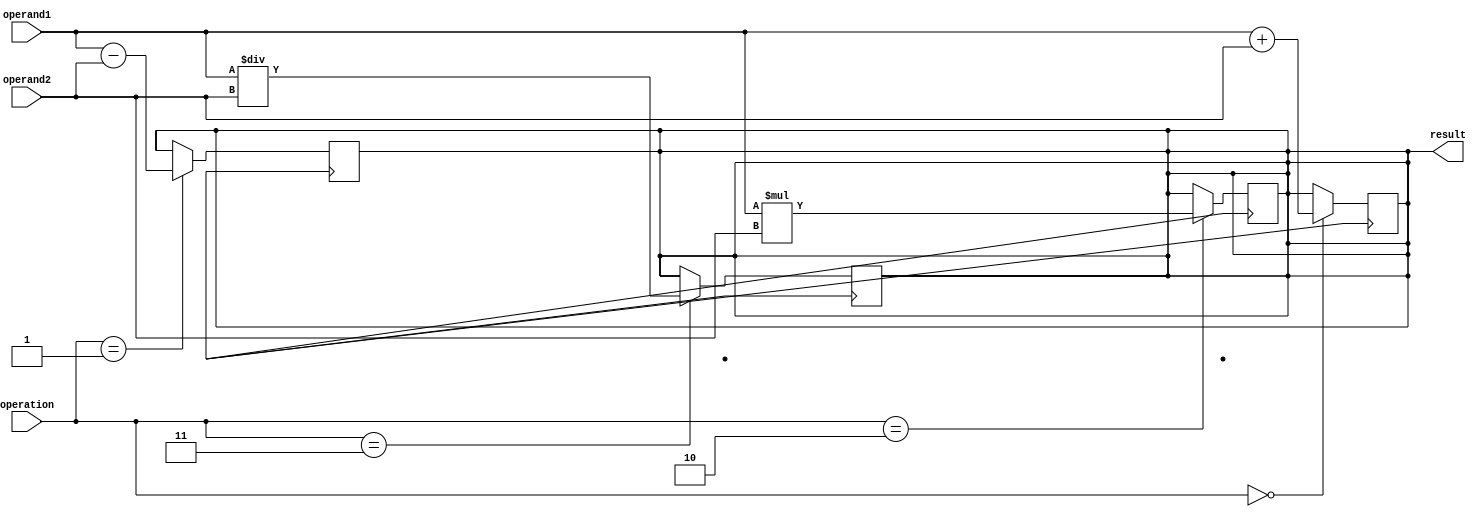
module quad_precision_float_unit (
    input wire [127:0] operand1,
    input wire [127:0] operand2,
    input wire [3:0] operation, // 0: addition, 1: subtraction, 2: multiplication, 3: division
    output reg [127:0] result
);

// Arithmetic block for addition
always @ (posedge clk)
begin
    if(operation == 0) // Addition
        result <= operand1 + operand2;
end

// Arithmetic block for subtraction
always @ (posedge clk)
begin
    if(operation == 1) // Subtraction
        result <= operand1 - operand2;
end

// Arithmetic block for multiplication
always @ (posedge clk)
begin
    if(operation == 2) // Multiplication
        result <= operand1 * operand2;
end

// Arithmetic block for division
always @ (posedge clk)
begin
    if(operation == 3) // Division
        result <= operand1 / operand2;
end

endmodule